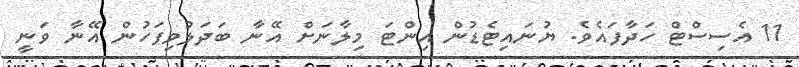
11 އެސިސްޓް ހަދާފައެވެ. ޔުނައިޓެޑުން އިންޓަ މިލާނަށް އޭނާ ބަދަލުވިފަހުން އޭނާ ވަނީ